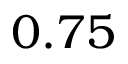
0 . 7 5